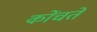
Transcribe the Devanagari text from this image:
कोंचते